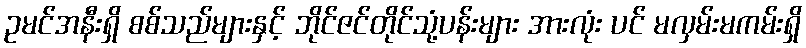
ဥမင်အနီးရှိ စစ်သည်များနှင့် ဘိုင်ဇင်တိုင်သုံ့ပန်းများ အားလုံး ပင် မလှမ်းမကမ်းရှိ